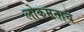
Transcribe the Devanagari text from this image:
लोकमताचे